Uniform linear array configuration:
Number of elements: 24
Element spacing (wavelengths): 0.25
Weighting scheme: cosine
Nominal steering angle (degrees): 45
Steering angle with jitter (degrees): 43.313
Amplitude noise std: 0.05
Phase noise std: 0.05

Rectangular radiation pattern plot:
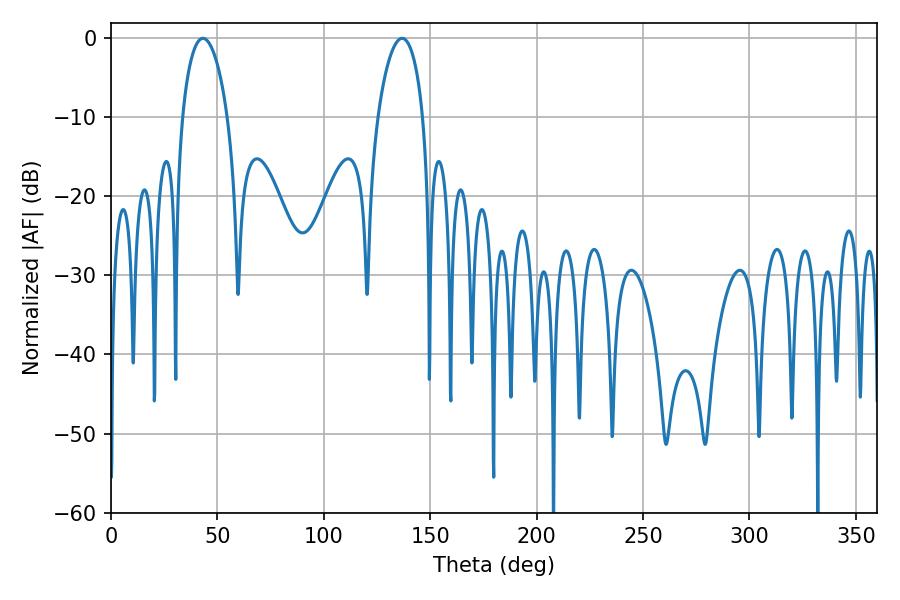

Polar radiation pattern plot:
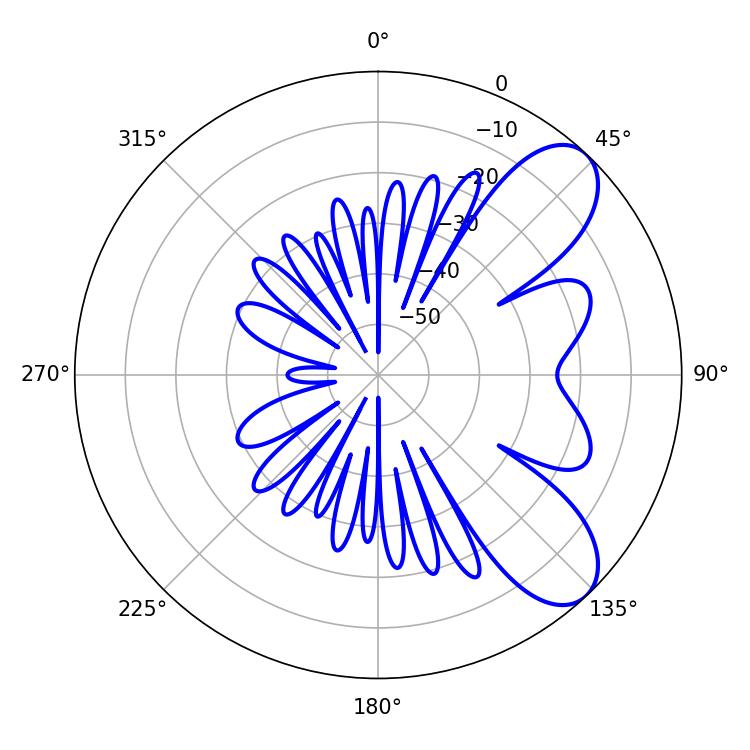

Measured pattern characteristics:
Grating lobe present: FALSE
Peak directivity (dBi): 7.967
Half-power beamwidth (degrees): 12.06
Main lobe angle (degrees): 43.2